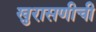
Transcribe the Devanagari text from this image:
खुरासणीची